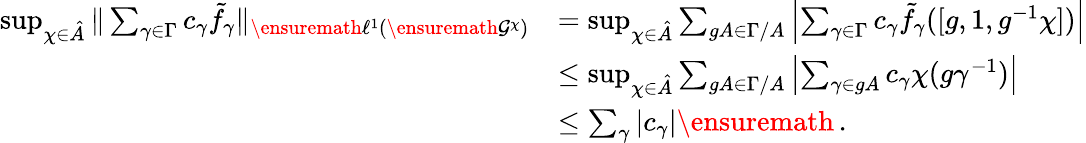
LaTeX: \begin{array}{rl}{\operatorname*{sup}_{\chi\in\hat{A}}\| \sum_{\gamma\in\Gamma}c_{\gamma}\tilde{f}_{\gamma}\| _{\ensuremath{\ell^{1}}(\ensuremath{\mathcal{G}}^{\chi})}}&{=\operatorname*{sup}_{\chi\in\hat{A}}\sum_{gA\in\Gamma/A}\left|\sum_{\gamma\in\Gamma}c_{\gamma}\tilde{f}_{\gamma}([g,1,g^{-1}\chi])\right|}\\ &{\leq\operatorname*{sup}_{\chi\in\hat{A}}\sum_{gA\in\Gamma/A}\left|\sum_{\gamma\in gA}c_{\gamma}\chi(g\gamma^{-1})\right|}\\ &{\leq\sum_{\gamma}|c_{\gamma}|\ensuremath{\, \mathrm{.}}}\end{array}